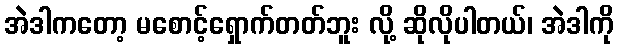
အဲဒါကတော့ မစောင့်ရှောက်တတ်ဘူး လို့ ဆိုလိုပါတယ်၊ အဲဒါကို